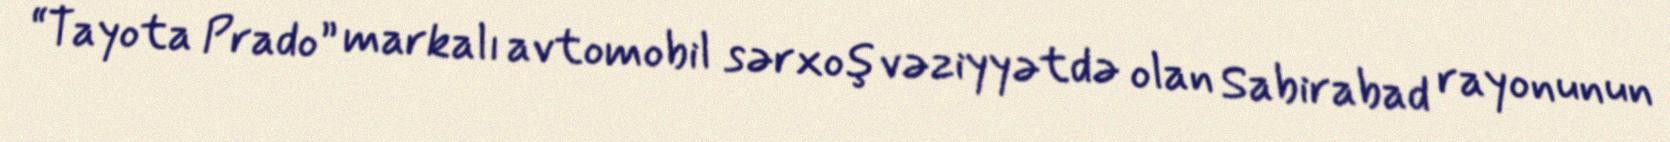
“Tayota Prado” markalı avtomobil sərxoş vəziyyətdə olan Sabirabad rayonunun